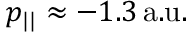
p _ { | | } \approx - 1 . 3 \, \mathrm { a . u . }